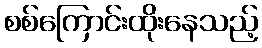
စစ်ကြောင်းထိုးနေသည့်